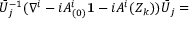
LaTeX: \bar { U } _ { j } ^ { - 1 } ( \nabla ^ { i } - i A _ { ( 0 ) } ^ { i } { \bf 1 } - i A ^ { i } ( Z _ { k } ) ) \bar { U } _ { j } =